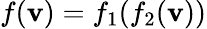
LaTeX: f(\mathbf{v})=f_{1}(f_{2}(\mathbf{v}))